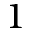
1